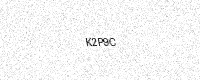
Text: K2P9C